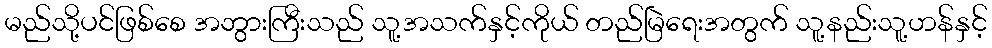
မည်သို့ပင်ဖြစ်စေ အဘွားကြီးသည် သူ့အသက်နှင့်ကိုယ် တည်မြဲရေးအတွက် သူ့နည်းသူ့ဟန်နှင့်